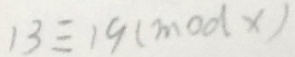
1 3 \equiv 1 9 ( m o d x )